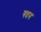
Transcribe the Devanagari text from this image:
गदन